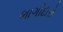
ભાગીદારો